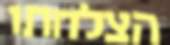
הצלחתו